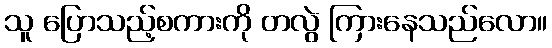
သူ ပြောသည့်စကားကို တလွဲ ကြားနေသည်လော။